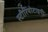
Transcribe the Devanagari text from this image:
स्‍टीरियोटाइपी